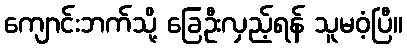
ကျောင်းဘက်သို့ ခြေဦးလှည့်ရန် သူမဝံ့ပြီ။